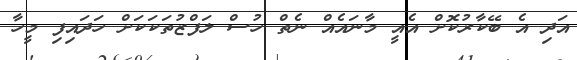
އަދި އެ ބޭކާރުކޮށް އެއީ މާނައެއް ނެތް ހުސް ލަފްޒުތަކަކަށް ހަދައިފި މީހާ